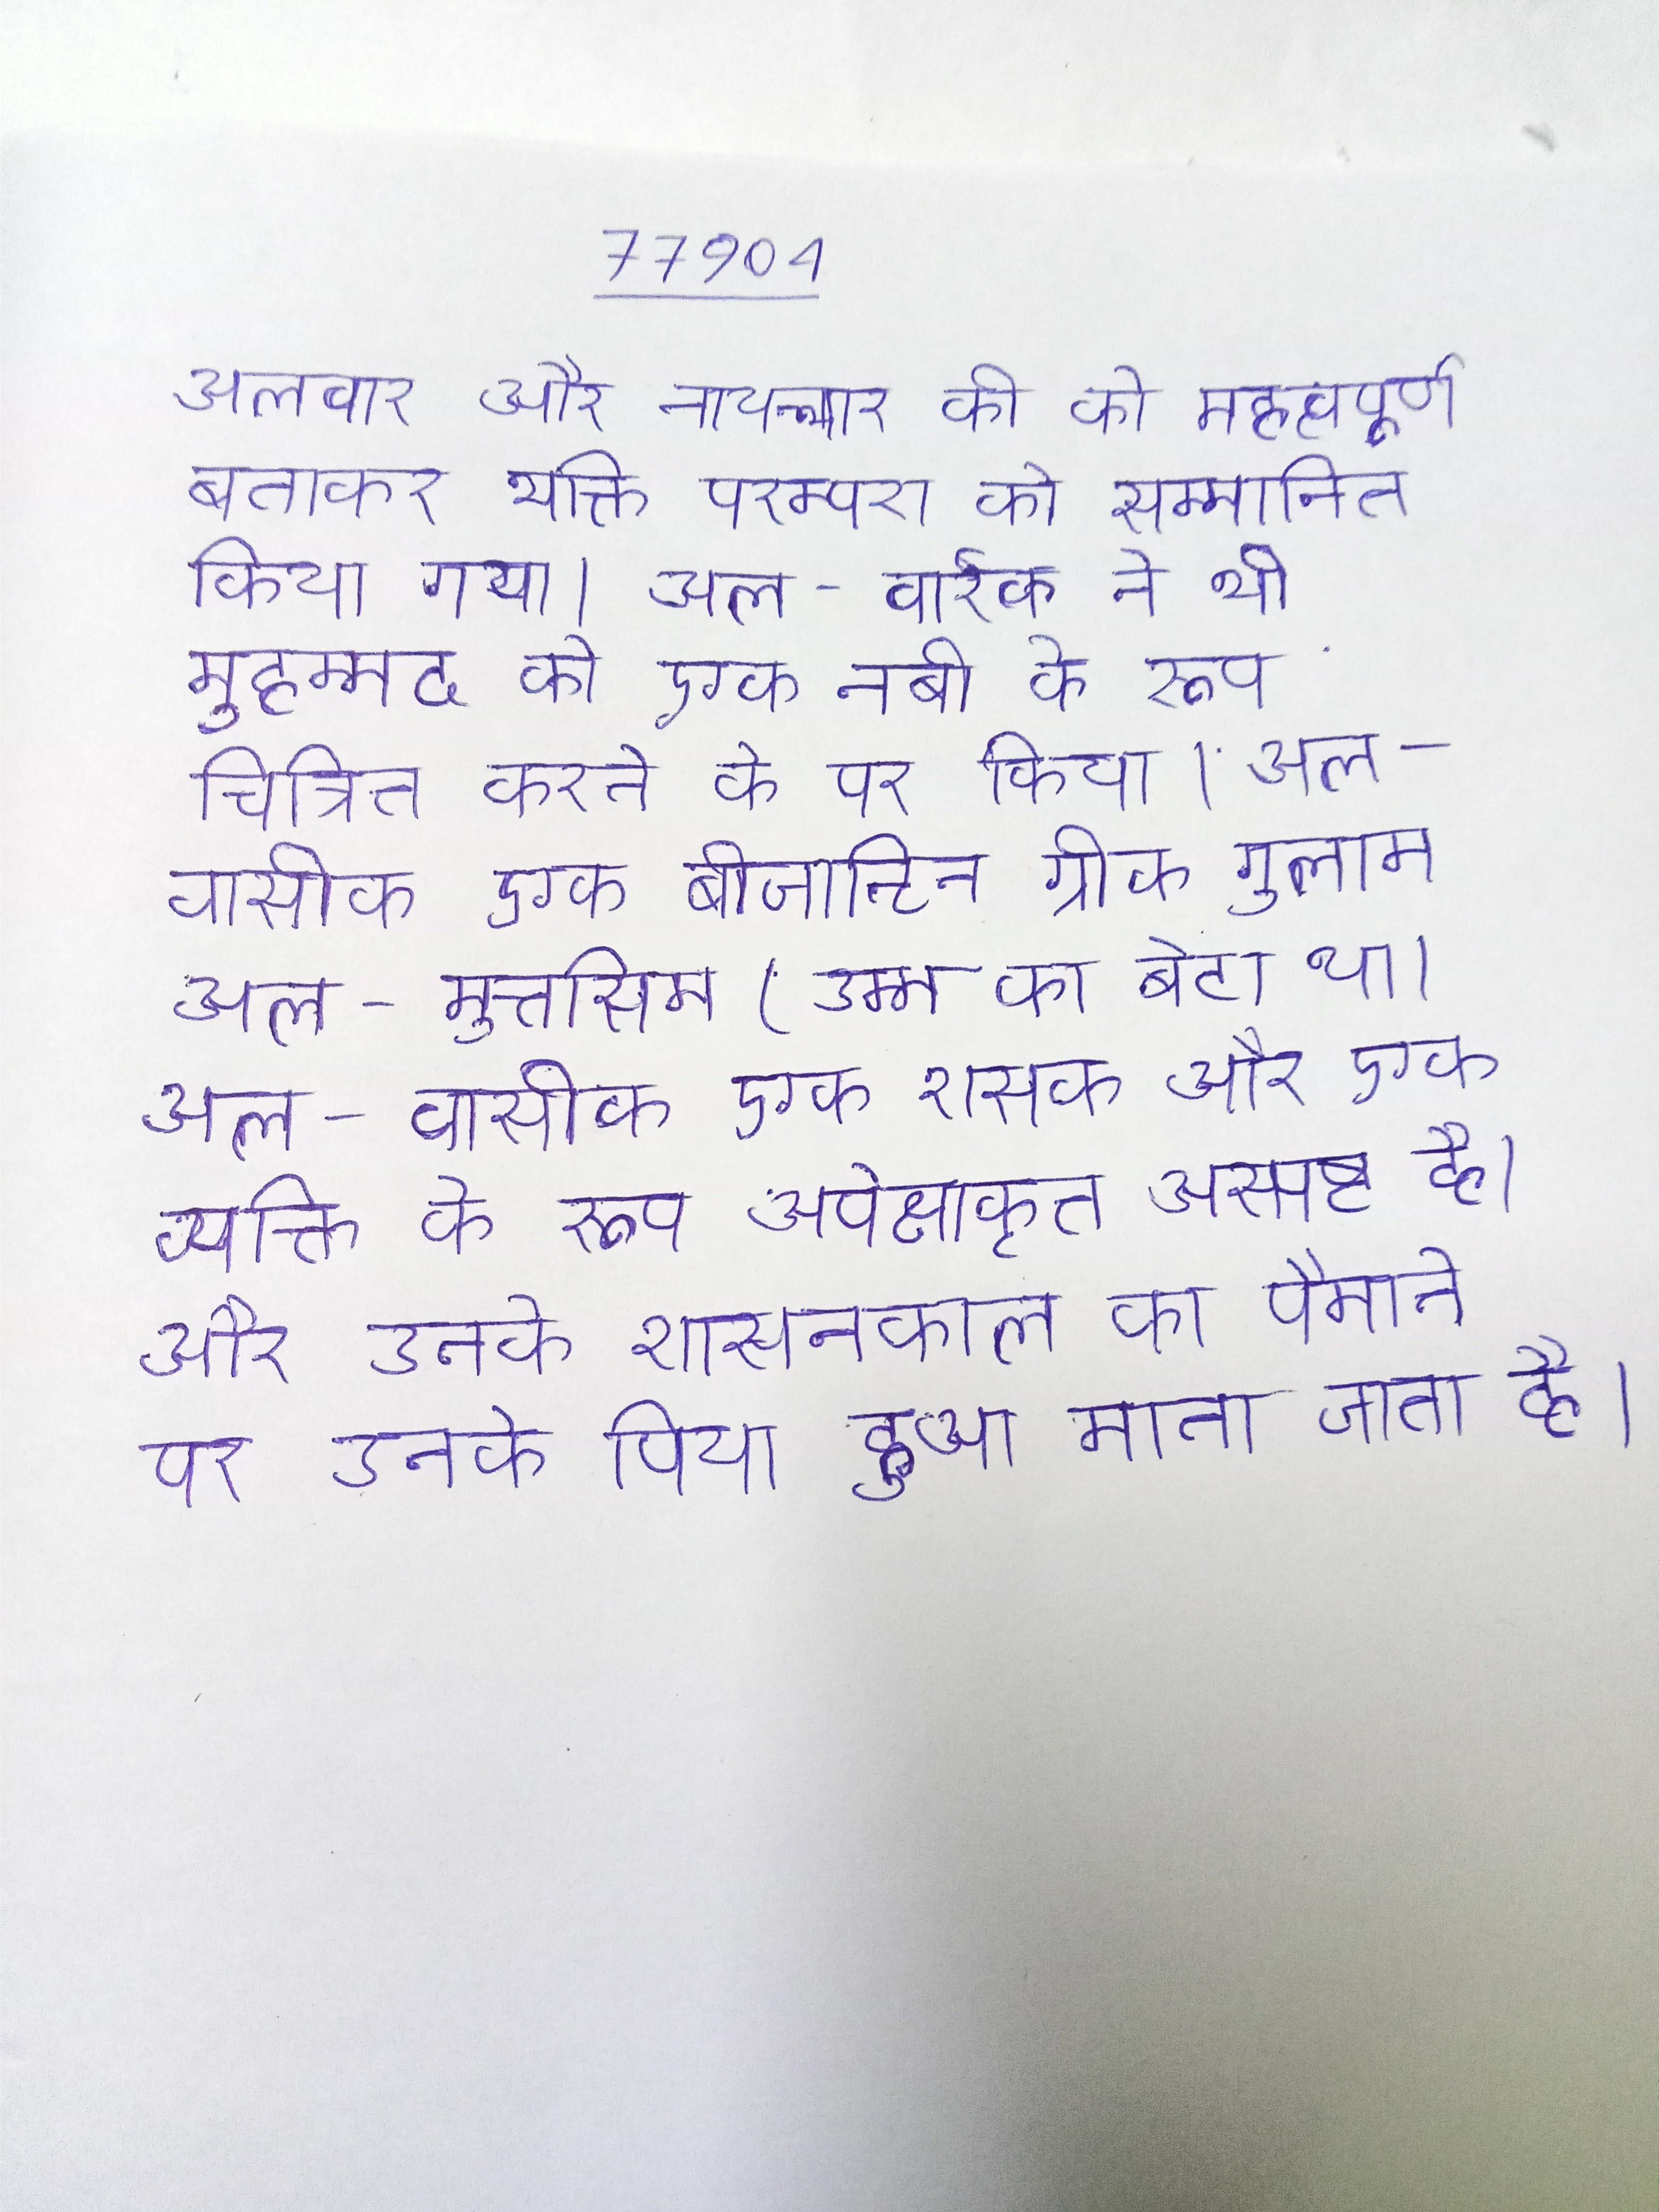
अलवार और नायन्मार की को महत्वपूर्ण बताकर भक्ति परम्परा को सम्मानित किया गया । अल-वार्रक ने भी मुहम्मद को एक नबी के रूप चित्रित करने के पर किया । अल-वासीक एक बीजान्टिन ग्रीक गुलाम अल-मुत्तसिम(उम्म का बेटा था । अल-वासीक एक शासक और एक व्यक्ति के रूप अपेक्षाकृत अस्पष्ट है, और उनके शासनकाल को पैमाने पर उनके पिता द्वारा विस्तार किया हुआ माना जाता है ।